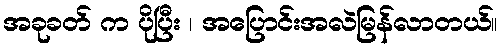
အခုခတ် က ပိုပြီး ၊ အပြောင်းအလဲမြန်လာတယ်။